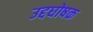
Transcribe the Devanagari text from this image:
उद्दघोषक